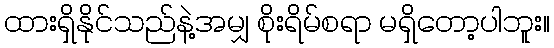
ထားရှိနိုင်သည်နဲ့အမျှ စိုးရိမ်စရာ မရှိတော့ပါဘူး။